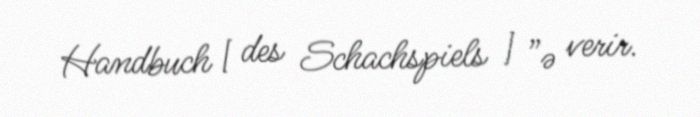
Handbuch [ des Schachspiels ] ”ə verir.